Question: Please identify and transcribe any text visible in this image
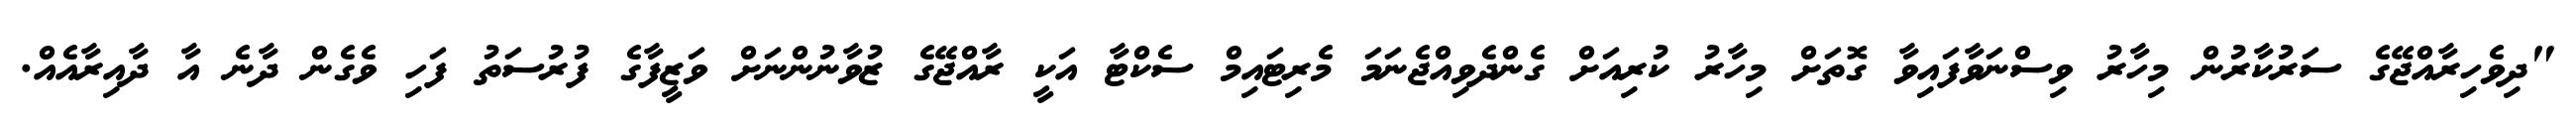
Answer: "ދިވެހިރާއްޖޭގެ ސަރުކާރުން މިހާރު ވިސްނަވާފައިވާ ގޮތަށް މިހާރު ކުރިއަށް ގެންދެވިއްޖެނަމަ މެރިޓައިމް ސެކްޓާ އަކީ ރާއްޖޭގެ ޒުވާނުންނަށް ވަޒީފާގެ ފުރުސަތު ފަހި ވެގެން ދާނެ އާ ދާއިރާއެއް.